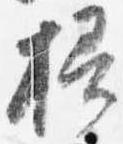
掃